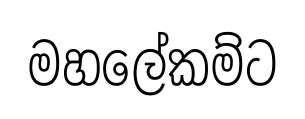
මහලේකම්ට